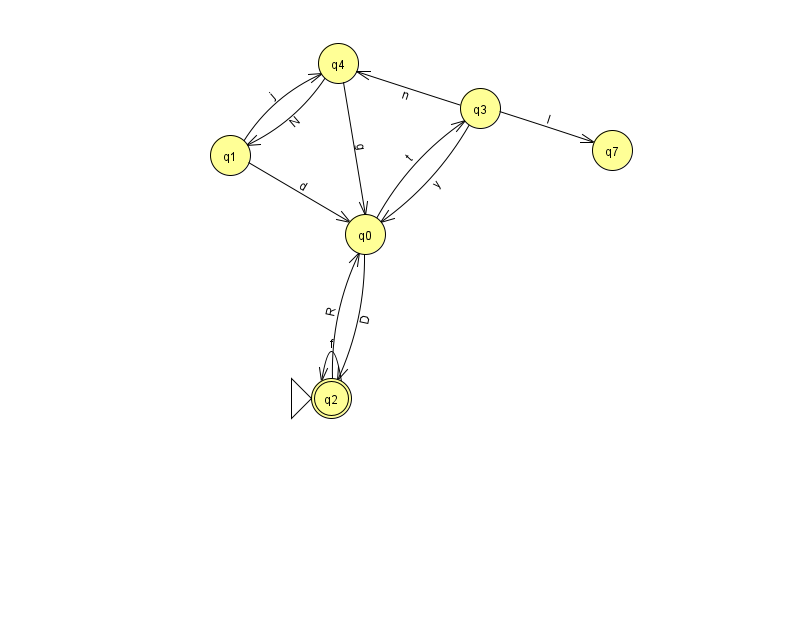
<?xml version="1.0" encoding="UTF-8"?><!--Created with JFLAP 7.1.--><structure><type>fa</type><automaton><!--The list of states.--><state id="0" name="q0"><x>365.0</x><y>221.0</y></state><state id="1" name="q1"><x>230.0</x><y>142.0</y></state><state id="2" name="q2"><x>331.0</x><y>385.0</y><initial/><final/></state><state id="3" name="q3"><x>480.0</x><y>95.0</y></state><state id="4" name="q4"><x>338.0</x><y>50.0</y></state><state id="7" name="q7"><x>612.0</x><y>137.0</y></state><!--The list of transitions.--><transition><from>4</from><to>0</to><read>g</read></transition><transition><from>1</from><to>0</to><read>d</read></transition><transition><from>3</from><to>7</to><read>l</read></transition><transition><from>2</from><to>2</to><read>f</read></transition><transition><from>0</from><to>3</to><read>t</read></transition><transition><from>1</from><to>4</to><read>j</read></transition><transition><from>2</from><to>0</to><read>R</read></transition><transition><from>3</from><to>0</to><read>y</read></transition><transition><from>3</from><to>4</to><read>n</read></transition><transition><from>4</from><to>1</to><read>N</read></transition><transition><from>0</from><to>2</to><read>D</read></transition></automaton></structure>